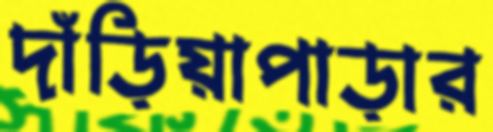
দাঁড়িয়াপাড়ার